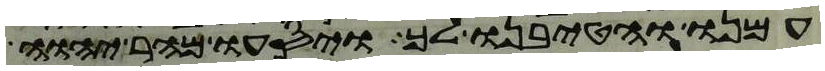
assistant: עמנו והטיבנו לך ויסעו מהר יהוה